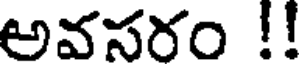
అవసరం !!